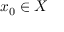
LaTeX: x _ { 0 } \in X